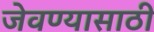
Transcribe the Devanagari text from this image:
जेवण्यासाठी